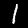
Label: 1